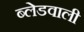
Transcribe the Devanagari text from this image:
ब्लेडवाली